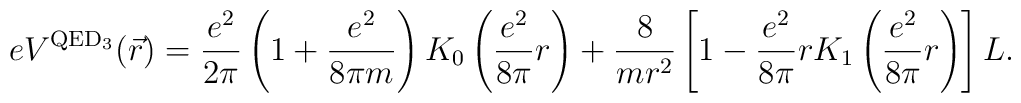
eV^{\rm QED_{3}}(\vec r)=\frac{e^2}{2\pi}\left(1+\frac{e^2}{8\pi m}\right)K_{0}\left(\frac{e^2}{8\pi}r\right)+\frac{8}{mr^{2}}\left[1-\frac{e^2}{8\pi}r K_{1}\left(\frac{e^2}{8\pi}r\right)\right]L.